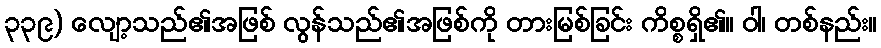
၃၃၉) လျော့သည်၏အဖြစ် လွန်သည်၏အဖြစ်ကို တားမြစ်ခြင်း ကိစ္စရှိ၏။ ဝါ၊ တစ်နည်း။